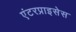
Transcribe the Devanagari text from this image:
एंटरप्राइसेस